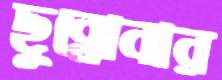
ছুব্‌লোবার